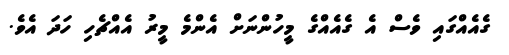
ގެއެއްގައި ވެސް އެ ގެއެއްގެ މީހުންނަށް އެންމެ މީރު އެއްޗެހި ހަދަ އެވެ.